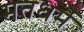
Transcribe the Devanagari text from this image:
मतधर्म